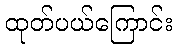
ထုတ်ပယ်ကြောင်း